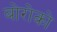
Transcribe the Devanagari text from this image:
बोरोको